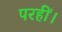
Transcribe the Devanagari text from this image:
परहीं।